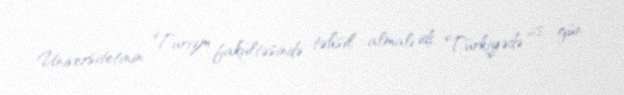
Universitetinin Turizm fakültəsində təhsil almalı idi. Türkiyədə 28 gün